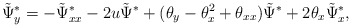
\begin{align*}\tilde \Psi_{y}^*= -\tilde \Psi_{xx}^* -2 u \tilde \Psi^* +( {\theta}_y -{\theta}_x^2 +{\theta}_{xx} )\tilde \Psi^* +2{\theta}_x\tilde \Psi_x^*,\end{align*}